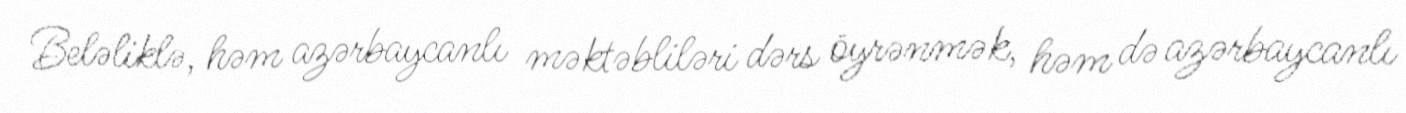
Beləliklə, həm azərbaycanlı məktəbliləri dərs öyrənmək, həm də azərbaycanlı